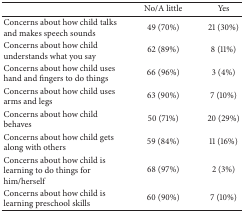
<table><thead><tr><td><b> </b></td><td><b>No/A little</b></td><td><b>Yes</b></td></tr></thead><tbody><tr><td>Concerns about how child talks and makes speech sounds</td><td>49 (70%)</td><td>21 (30%)</td></tr><tr><td>Concerns about how child understands what you say</td><td>62 (89%)</td><td>8 (11%)</td></tr><tr><td>Concerns about how child uses hand and fingers to do things</td><td>66 (96%)</td><td>3 (4%)</td></tr><tr><td>Concerns about how child uses arms and legs</td><td>63 (90%)</td><td>7 (10%)</td></tr><tr><td>Concerns about how child behaves</td><td>50 (71%)</td><td>20 (29%)</td></tr><tr><td>Concerns about how child gets along with others</td><td>59 (84%)</td><td>11 (16%)</td></tr><tr><td>Concerns about how child is learning to do things for him/herself</td><td>68 (97%)</td><td>2 (3%)</td></tr><tr><td>Concerns about how child is learning preschool skills </td><td>60 (90%)</td><td>7 (10%)</td></tr></tbody></table>